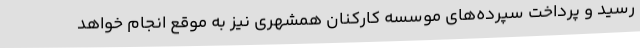
رسید و پرداخت سپرده‌های موسسه کارکنان همشهری نیز به موقع انجام خواهد